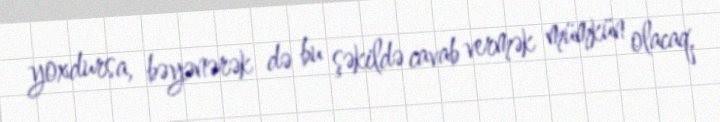
yoxdursa, bəyənərək də bu şəkildə cavab vermək mümkün olacaq.